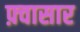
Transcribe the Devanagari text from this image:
फ़्वासार